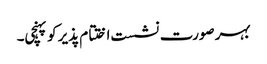
بہر صورت نشست اختتام پذیر کو پہنچی۔